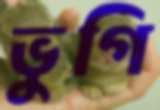
ভুগি